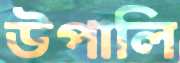
উপালি